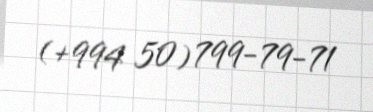
(+994 50) 799-79-71